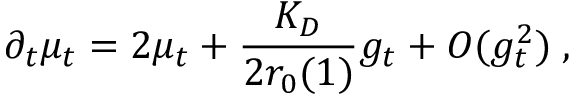
\partial _ { t } \mu _ { t } = 2 \mu _ { t } + \frac { K _ { D } } { 2 r _ { 0 } ( 1 ) } g _ { t } + O ( g _ { t } ^ { 2 } ) \; ,